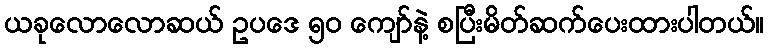
ယခုလောလောဆယ် ဥပဒေ ၅၀ ကျော်နဲ့ စပြီးမိတ်ဆက်ပေးထားပါတယ်။